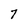
Character: 7